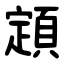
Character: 顁